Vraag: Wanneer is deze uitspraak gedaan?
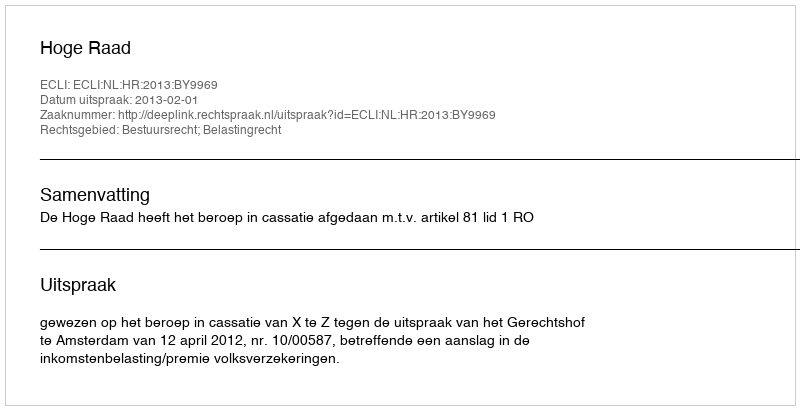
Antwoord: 2013-02-01